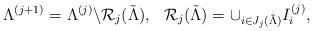
LaTeX: \begin{align*}\Lambda^{(j+1)}=\Lambda^{(j)}\backslash\mathcal R_j(\tilde\Lambda),\ \ \mathcal R_j(\tilde\Lambda)=\cup_{i\in J_j(\tilde\Lambda)} I^{(j)}_i,\end{align*}